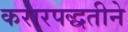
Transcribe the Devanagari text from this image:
करारपद्धतीने